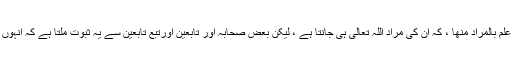
تو بہتر اور صحیح یہی ہے کہ ہم ان کے بارہ میں یہی کہیں ، اللہ اعلم بالمراد منھا ، کہ ان کی مراد اللہ تعالی ہی جانتا ہے ، لیکن بعض صحابہ اور تابعین اورتبع تابعین سے یہ ثبوت ملتا ہے کہ انہوں نے اس کی تفسیر کی اور اس میں ان کا اختلاف بھی پایا جاتا ہے ۔